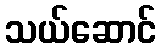
သယ်ဆောင်